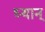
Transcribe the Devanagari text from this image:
ध्यान्